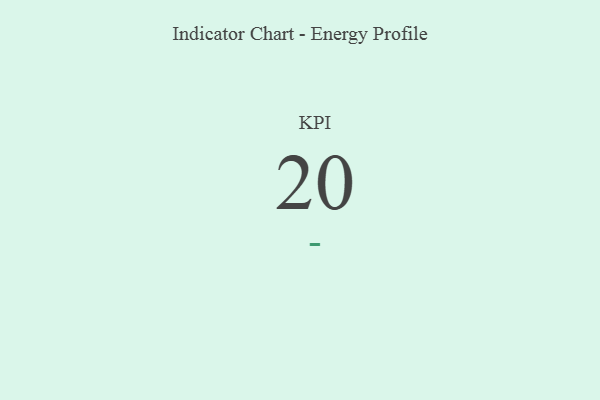
{"axis": {"x": "KPI", "y": "Value"}, "legend": [""], "data": [{"x": "KPI", "y": 20, "type": ""}]}